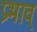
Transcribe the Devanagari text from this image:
प्रभाव्